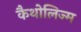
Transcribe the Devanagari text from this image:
कैथोलिज्म